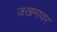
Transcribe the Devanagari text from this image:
जखमावर